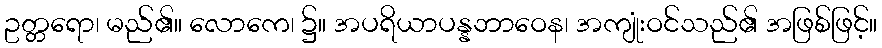
ဥတ္တရော၊ မည်၏။ လောကေ၊ ၌။ အပရိယာပန္နဘာဝေန၊ အကျုံးဝင်သည်၏ အဖြစ်ဖြင့်။